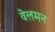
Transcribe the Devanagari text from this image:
वेलमन